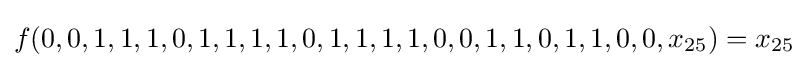
f(0,0,1,1,1,0,1,1,1,1,0,1,1,1,1,0,0,1,1,0,1,1,0,0,x_{25})=x_{25}